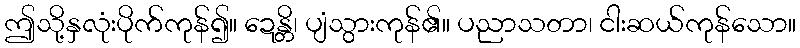
ဤသို့နှလုံးပိုက်ကုန်၍။ ဍေန္တိ၊ ပျံသွားကုန်၏။ ပညာသတာ၊ ငါးဆယ်ကုန်သော။